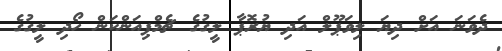
ދެވަނަ އަށް ދިޔަ ލިވަޕޫލް އަދި ޔުރޮޕާ ލީގުގެ ޗެމްޕިއަންކަން ހޯދި ލީގުގެ